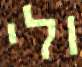
ולי